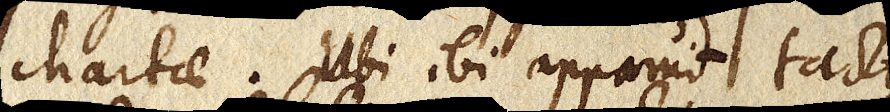
chartae. Ubi ibi apparuit tacto